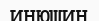
ИНЮШИН